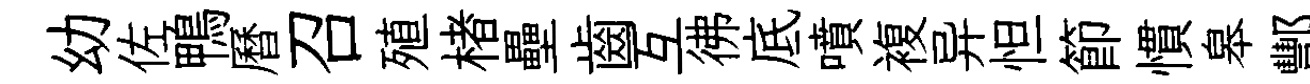
幼佐鴨曆召殖楮壘齒互彿底噴複异怛節慣皋酆